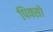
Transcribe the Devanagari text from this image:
पिक्सो